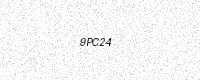
Text: 9PC24